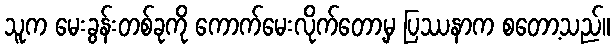
သူက မေးခွန်းတစ်ခုကို ကောက်မေးလိုက်တော့မှ ပြဿနာက စတော့သည်။